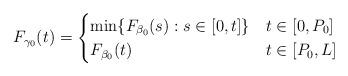
LaTeX: \begin{align*}F_{\gamma_0}(t) =\begin{cases}\min \{ F_{\beta_0}(s) : s \in [0,t] \} & t \in [0,P_0] \\F_{\beta_0}(t) & t \in [P_0,L] \\\end{cases}\end{align*}